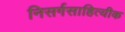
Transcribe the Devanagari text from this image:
निसर्गसाहित्यीक